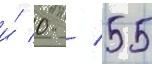
и́ 0 / 55